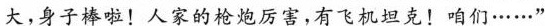
大，身子棒啦！人家的枪炮厉害，有飞机坦克！咱们······“